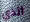
الذي